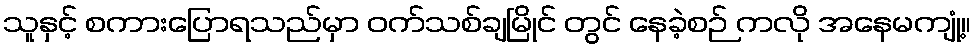
သူနှင့် စကားပြောရသည်မှာ ဝက်သစ်ချမြိုင် တွင် နေခဲ့စဉ် ကလို အနေမကျုံ့။